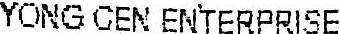
YONG CEN ENTERPRISE